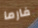
فارما